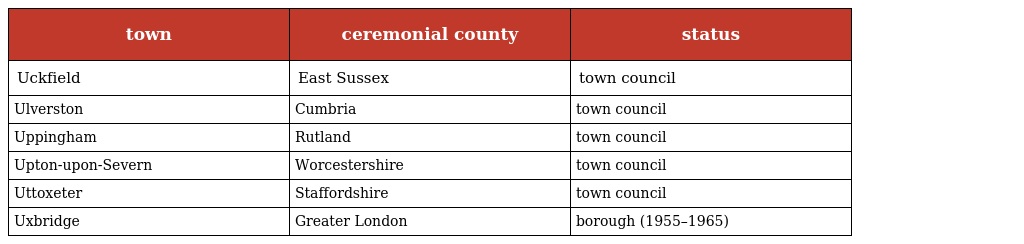
| town | ceremonial county | status |
 | --- | --- | --- |
 | Uckfield | East Sussex | town council |
 | Ulverston | Cumbria | town council |
 | Uppingham | Rutland | town council |
 | Upton-upon-Severn | Worcestershire | town council |
 | Uttoxeter | Staffordshire | town council |
 | Uxbridge | Greater London | borough (1955–1965) |